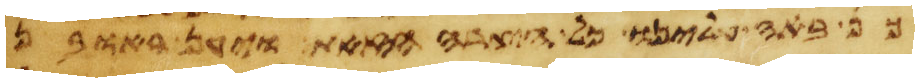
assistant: באה עלינו כל הצרה הזאת ויען ראובן